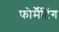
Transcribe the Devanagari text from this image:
फोर्मैटिंग